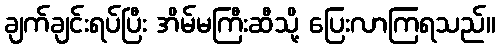
ချက်ချင်းရပ်ပြီး အိမ်မကြီးဆီသို့ ပြေးလာကြရသည်။